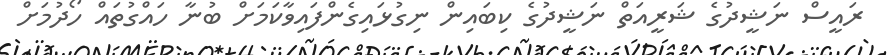
ރައީސް ނަޝީދުގެ ޝަރީއަތް ނަޝީދުގެ ކިބައިން ނިގުޅައިގެންފައިވާކަމަށް ބުނާ ހައްގުތައް ހޯދުމަށް